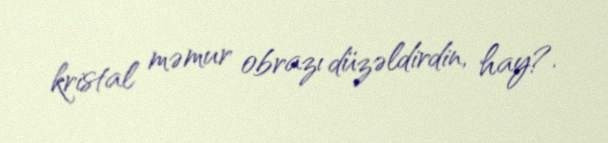
kristal məmur obrazı düzəldirdin, hay?.